Report of the Municipal Commissioner on the plague in Bombay for the year ending 31st May... - Volume 2
Disease focus: Plague
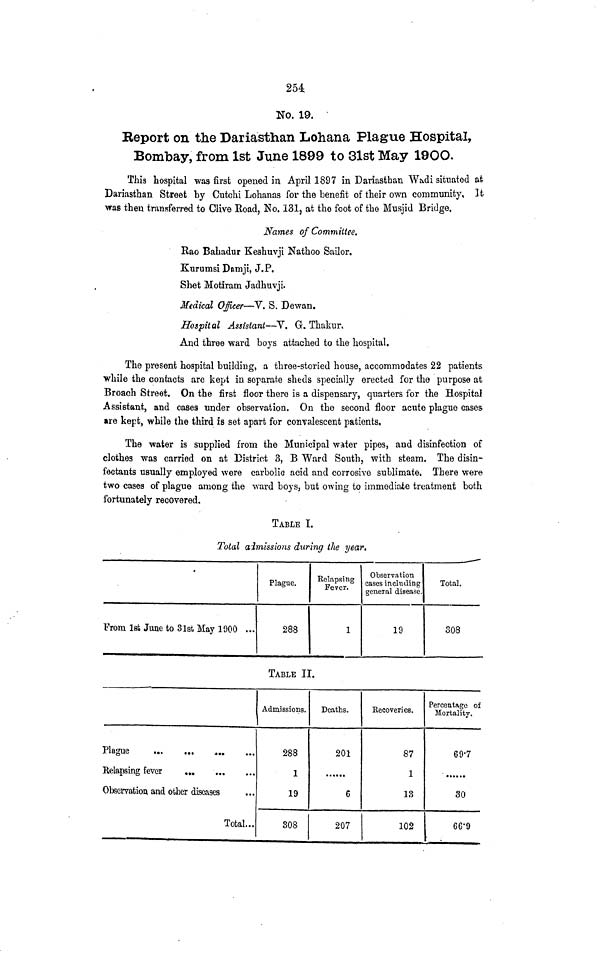
254
No. 19.
Eeport on the Dariasthan Lohana Plague Hospital,
Bombay, from 1st June 1899 to 31st May 19OO.
This hospital was first opened in April 1897 in Dariastban W*di situated at
Dariasthan Street by Cutchi Lohanas for the benefit of their own community, ]t
•was then transferred to Olive Road, No. 131, at the foot of the Musjid Bridge.
Names of Committee.
Rao Bahadur Keshuvji Nathoo Sailor.
Kurumsi Damji, J.P.
Shet Motiram Jadhuvji.
Medical Officer—V. S. "Dewan.
Hospital Assistant—V. G. Thakur.
And three ward boys attached to the hospital.
The present hospital building, a three-storied house, accommodates 22 patients
while the contacts are kept in separate sheds specially erected for the purpose at
Broach Street. On the first floor there is a dispensary, quarters for the Hospital
Assistant, and cases under observation. On the second floor acute plague cases
»re kept, while the third is set apart for convalescent patients,
The water is supplied from the Municipal water pipes, and disinfection of
clothes was carried on at District 3, B Ward South, with steam. The disin-
fectants usually employed were carbolic acid and corrosive sublimate. There were
two cases of plague among the ward boys, but owing to immediate treatment both
fortunately recovered.
TABLE I.
Total aimissions during the year.
From 1st June to 3 1st May 1900 ...
Plague.
288
Relapsing
Fever.
1
Observation
cases inducting
general disease.
19
Total.
308
TABLE II.
Relapsing fever
Observation and other diseases
Total...
Admissions.
288
1
19
308
Deaths.
201
......
6
207
Eecoveries.
87
1
13
102
Percentage of
Mortality.
69-7
......
30
6G'9